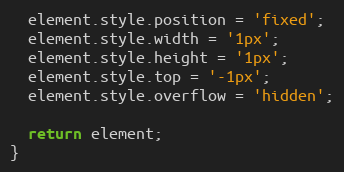
Language: JavaScript
  element.style.position = 'fixed';
  element.style.width = '1px';
  element.style.height = '1px';
  element.style.top = '-1px';
  element.style.overflow = 'hidden';

  return element;
}